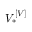
V _ { * } ^ { \left[ V \right] }